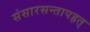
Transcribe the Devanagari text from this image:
संसारसन्तापहृत्